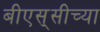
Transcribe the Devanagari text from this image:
बीएस्‌सीच्या